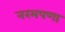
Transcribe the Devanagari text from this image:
नरमपणा